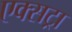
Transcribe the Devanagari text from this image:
एक्‍सट्रा